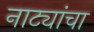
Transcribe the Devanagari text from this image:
नाट्यांचा